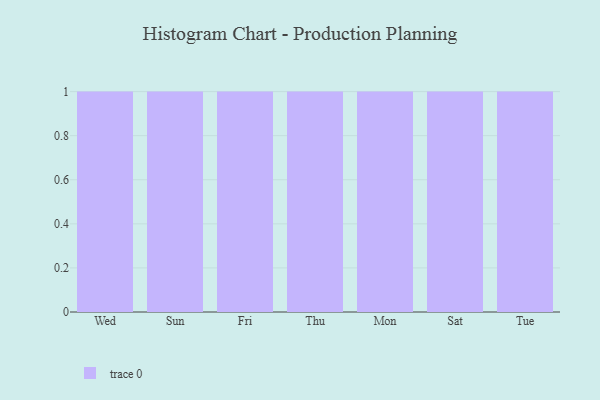
{"axis": {"x": "Day", "y": "Bounce Rate (%)"}, "legend": [""], "data": [{"x": "Wed", "y": 86, "type": ""}, {"x": "Sun", "y": 78, "type": ""}, {"x": "Fri", "y": 20, "type": ""}, {"x": "Thu", "y": 72, "type": ""}, {"x": "Mon", "y": 70, "type": ""}, {"x": "Sat", "y": 19, "type": ""}, {"x": "Tue", "y": 48, "type": ""}]}